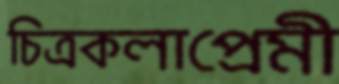
চিত্রকলাপ্রেমী